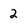
Character: 2